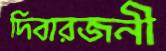
দিবারজনী